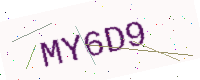
Text: MY6D9